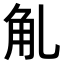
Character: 𧢳